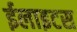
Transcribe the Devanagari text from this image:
ईलाइटस